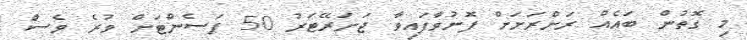
މި ގޮތުން ބައެއް ރަށްރަށަށް ފޮނުވާފައިވާ ޖަނަރޭޓަރު 50 ޕަސެންޓަށް ވުރެ ވެސް